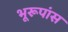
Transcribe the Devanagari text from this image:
भूरूपांस